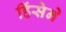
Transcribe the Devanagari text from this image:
हिंसेने